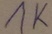
Text: 1K